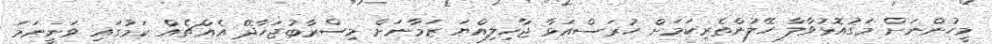
މީހުންނަށް މަގުއޮޅުވާލާ ހޭލުންތެރިކަމަށް ހުރަސްއަޅާ ޖާހިލިއްޔަ ޒަމާނަށް މިސްރާބުޖަހާދޭ އެއްޗެއް ކަމުގައި ވަނީނަމަ